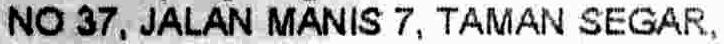
NO 37, JALAN MANIS 7, TAMAN SEGAR,